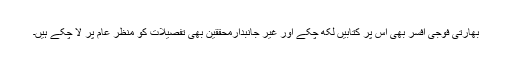
بھارتی فوجی افسر بھی اس پر کتابیں لکھ چکے اور غیر جانبدارمحققین بھی تفصیلات کو منظر عام پر لا چکے ہیں۔